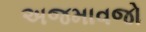
અજમાવજો